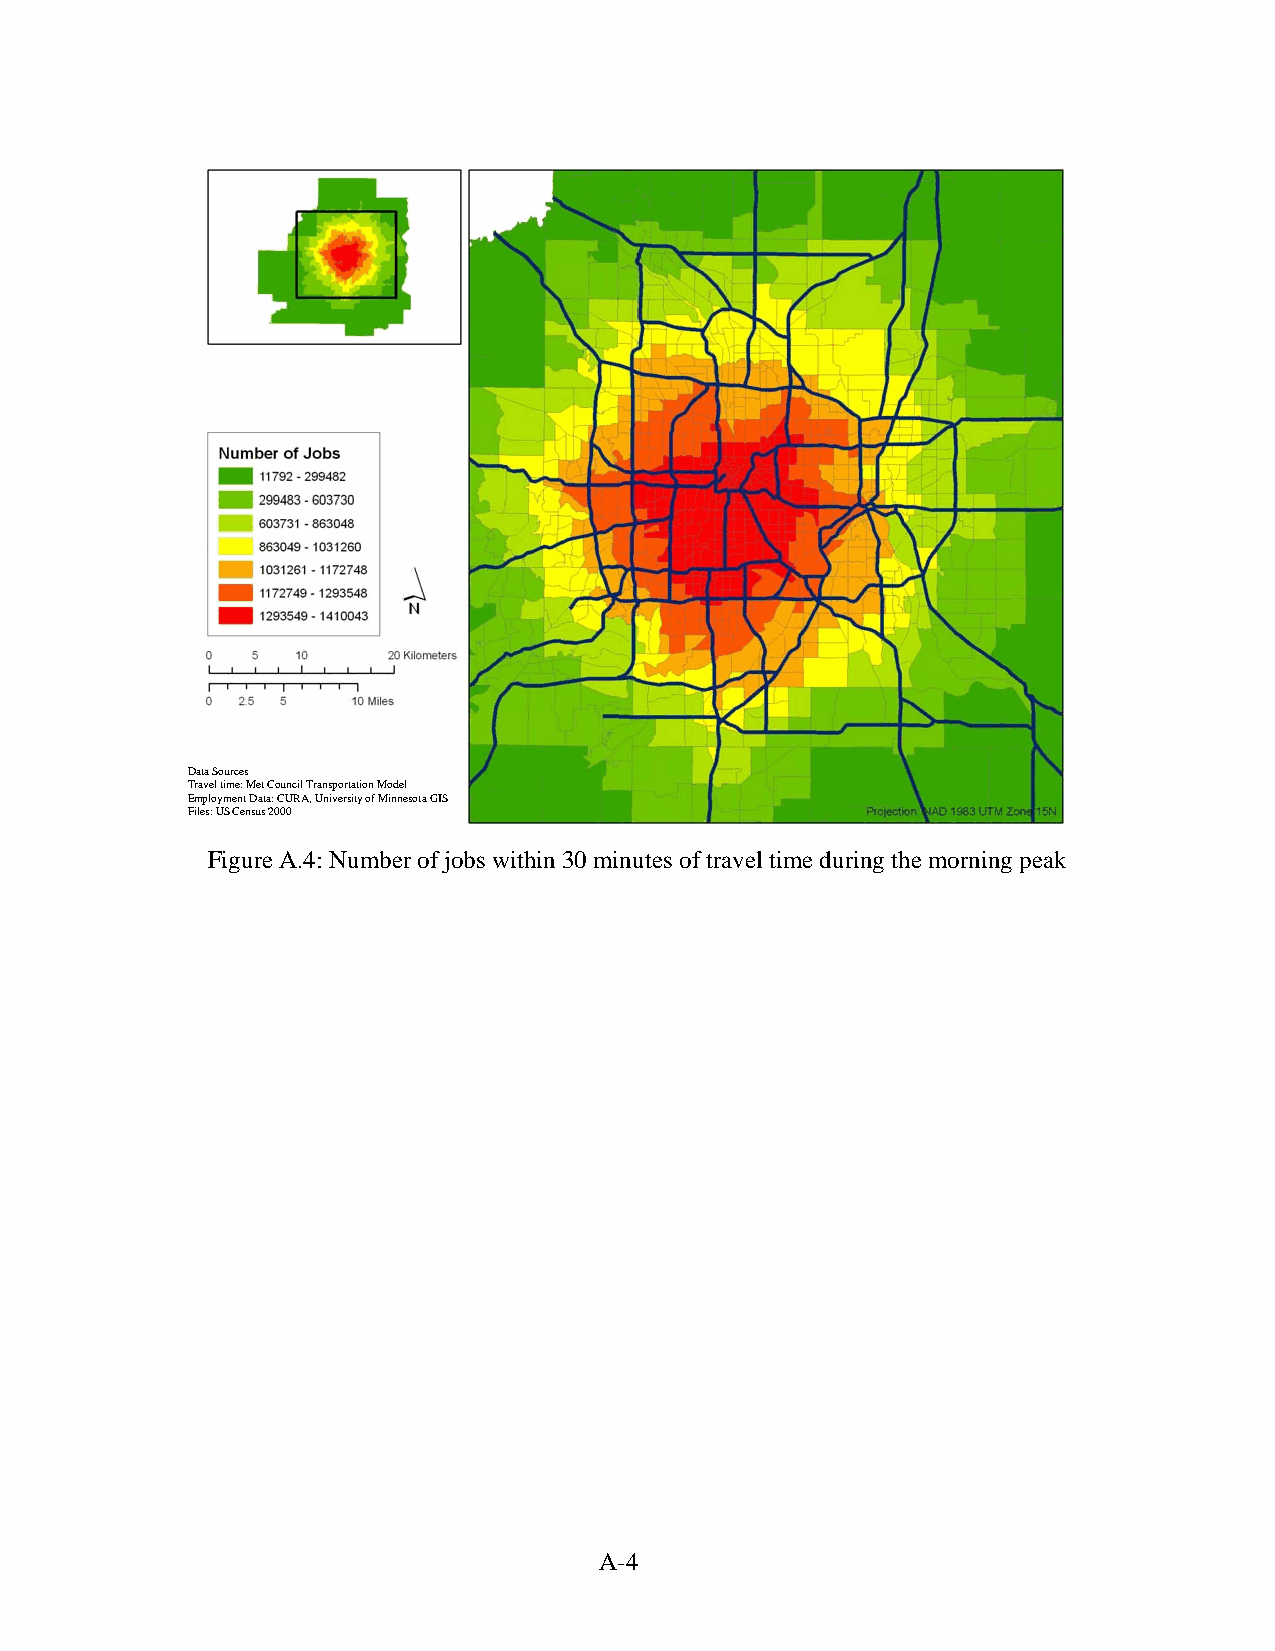
Data Sources
 Travel time: Met Council Transportation Model
 Employment Data: CURA, University of Minnesota GIS
 Files: US Census 2000
 Figure A.4: Number of jobs within 30 minutes of travel time during the morning peak
 A-4